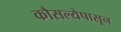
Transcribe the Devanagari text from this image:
कौसल्येपासून